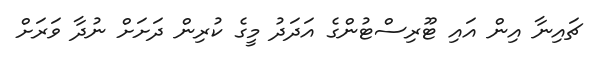
ޗައިނާ އިން އައި ޓޫރިސްޓުންގެ އަދަދު މީގެ ކުރިން ދަށަށް ނުދާ ވަރަށް